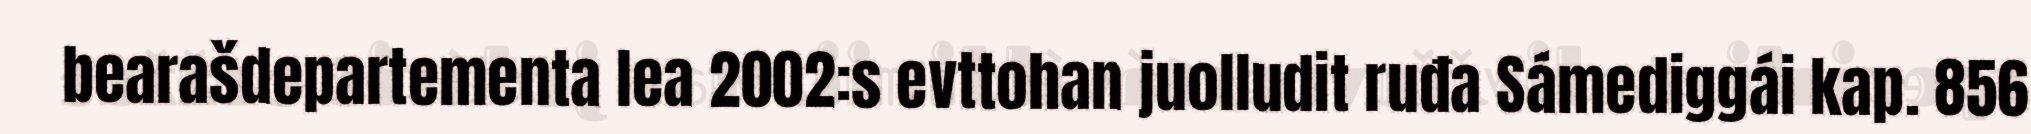
bearašdepartementa lea 2002:s evttohan juolludit ruđa Sámediggái kap. 856